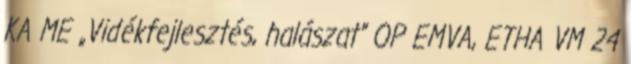
KA ME „Vidékfejlesztés, halászat” OP EMVA, ETHA VM 24